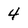
Character: 4